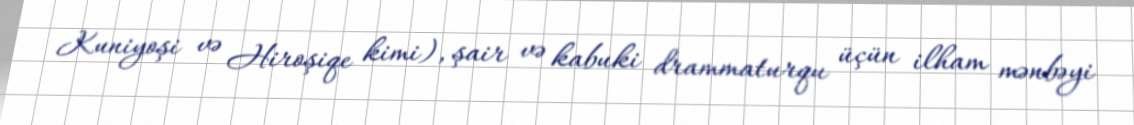
Kuniyoşi və Hiroşiqe kimi), şair və kabuki drammaturqu üçün ilham mənbəyi